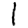
Digit: 1